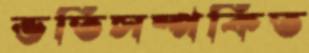
ভর্তিসম্পর্কিত